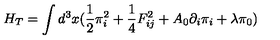
H _ { T } = \int d ^ { 3 } x ( \frac { 1 } { 2 } \pi _ { i } ^ { 2 } + \frac { 1 } { 4 } F _ { i j } ^ { 2 } + A _ { 0 } \partial _ { i } \pi _ { i } + \lambda \pi _ { 0 } )